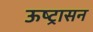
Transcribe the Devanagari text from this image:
ऊष्ट्रासन